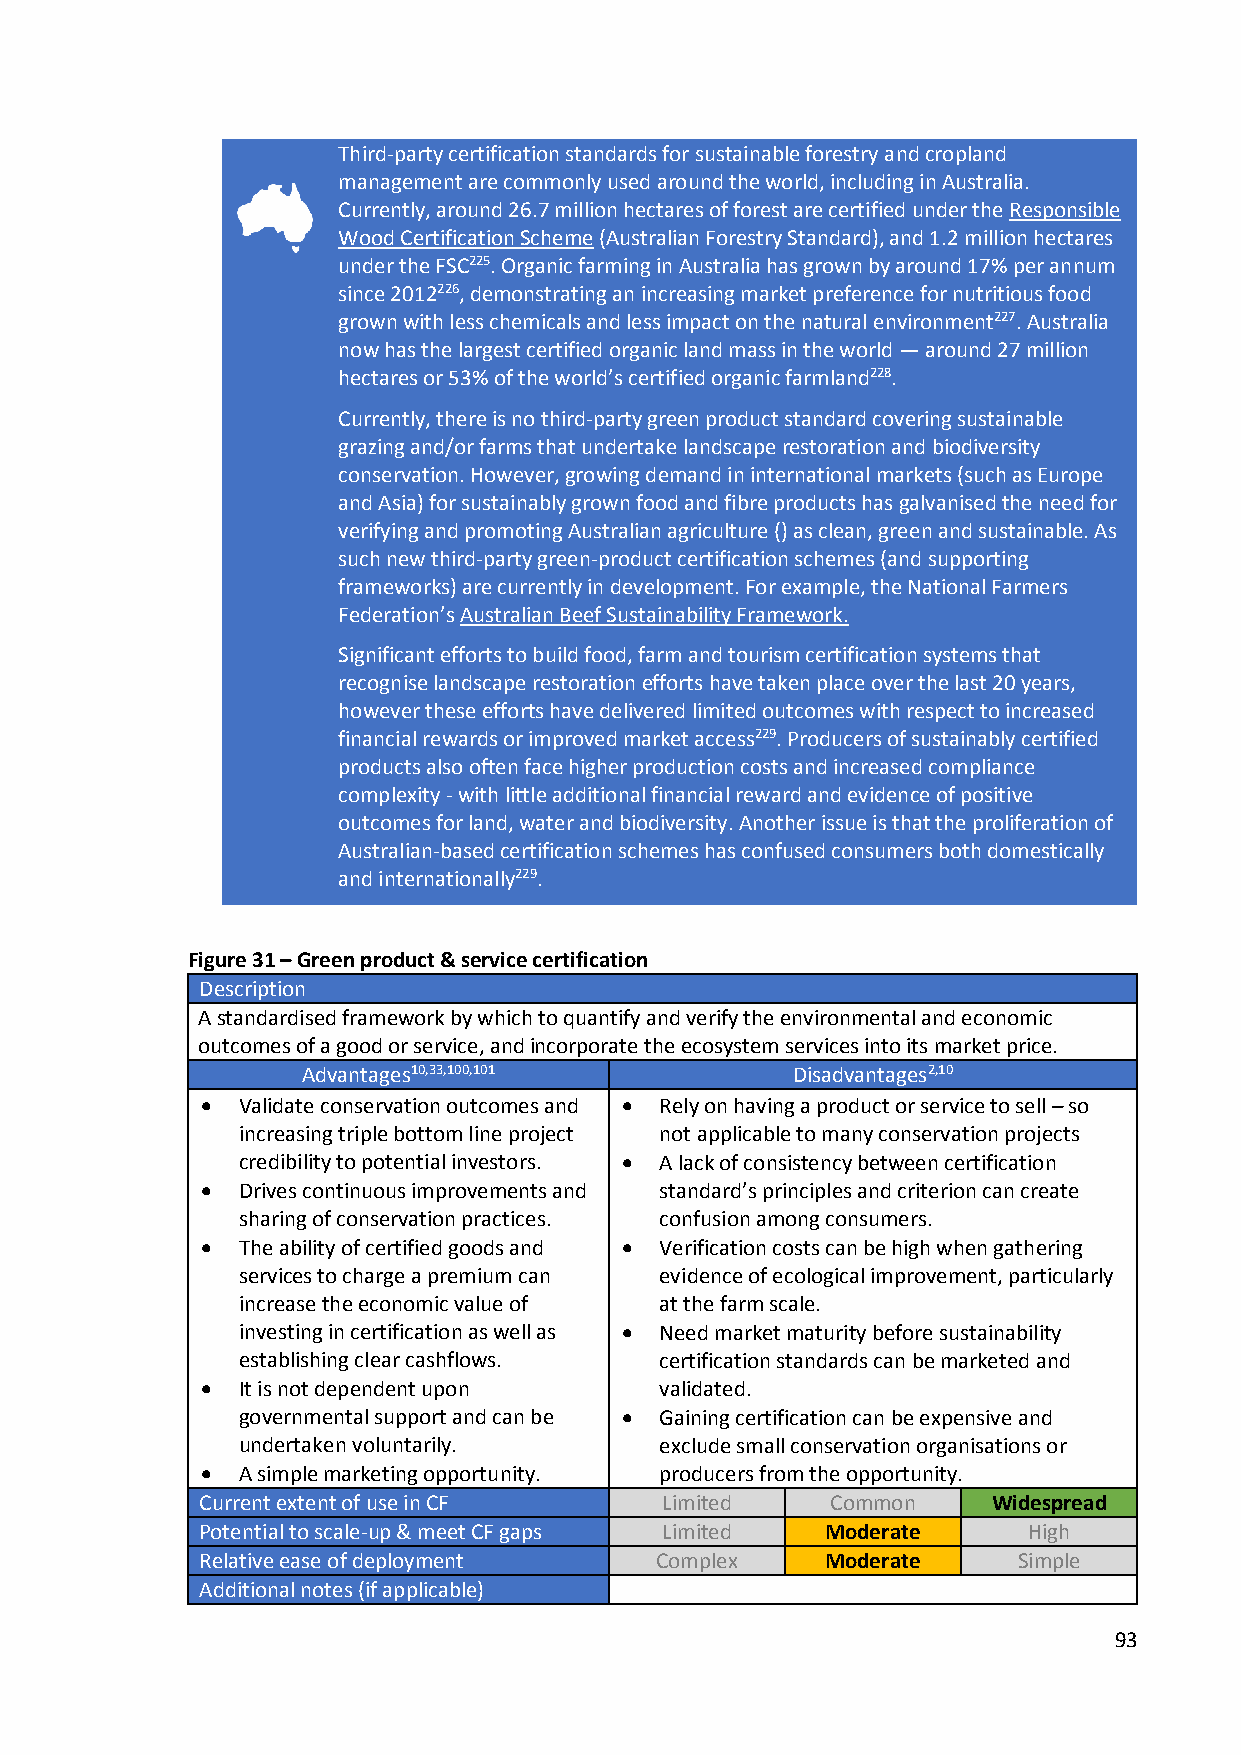
Third-party certification standards for sustainable forestry and cropland
 management are commonly used around the world, including in Australia.
 Currently, around 26.7 million hectares of forest are certified under the Responsible
 Wood Certification Scheme (Australian Forestry Standard), and 1.2 million hectares
 under the FSC225. Organic farming in Australia has grown by around 17% per annum
 since 2012226, demonstrating an increasing market preference for nutritious food
 grown with less chemicals and less impact on the natural environment227. Australia
 now has the largest certified organic land mass in the world — around 27 million
 hectares or 53% of the world’s certified organic farmland228.
 Currently, there is no third-party green product standard covering sustainable
 grazing and/or farms that undertake landscape restoration and biodiversity
 conservation. However, growing demand in international markets (such as Europe
 and Asia) for sustainably grown food and fibre products has galvanised the need for
 verifying and promoting Australian agriculture () as clean, green and sustainable. As
 such new third-party green-product certification schemes (and supporting
 frameworks) are currently in development. For example, the National Farmers
 Federation’s Australian Beef Sustainability Framework.
 Significant efforts to build food, farm and tourism certification systems that
 recognise landscape restoration efforts have taken place over the last 20 years,
 however these efforts have delivered limited outcomes with respect to increased
 financial rewards or improved market access229. Producers of sustainably certified
 products also often face higher production costs and increased compliance
 complexity - with little additional financial reward and evidence of positive
 outcomes for land, water and biodiversity. Another issue is that the proliferation of
 Australian-based certification schemes has confused consumers both domestically
 and internationally229.
 Figure 31 – Green product & service certification
 Description
 A standardised framework by which to quantify and verify the environmental and economic
 outcomes of a good or service, and incorporate the ecosystem services into its market price.
 Advantages10,33,100,101         Disadvantages2,10
   Validate conservation outcomes and  Rely on having a product or service to sell – so
 increasing triple bottom line project not applicable to many conservation projects
 credibility to potential investors.  A lack of consistency between certification
   Drives continuous improvements and standard’s principles and criterion can create
 sharing of conservation practices. confusion among consumers.
   The ability of certified goods and  Verification costs can be high when gathering
 services to charge a premium can evidence of ecological improvement, particularly
 increase the economic value of at the farm scale.
 investing in certification as well as  Need market maturity before sustainability
 establishing clear cashflows. certification standards can be marketed and
   It is not dependent upon    validated.
 governmental support and can be  Gaining certification can be expensive and
 undertaken voluntarily.     exclude small conservation organisations or
   A simple marketing opportunity. producers from the opportunity.
 Current extent of use in CF    Limited    Common     Widespread
 Potential to scale-up & meet CF gaps Limited Moderate  High
 Relative ease of deployment   Complex     Moderate    Simple
 Additional notes (if applicable)
 93